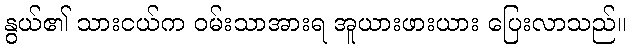
နွယ်၏ သားငယ်က ဝမ်းသာအားရ အူယားဖားယား ပြေးလာသည်။